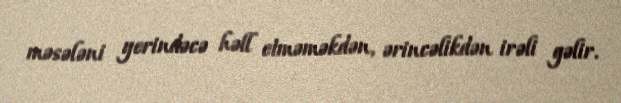
məsələni yerindəcə həll etməməkdən, ərincəlikdən irəli gəlir.